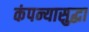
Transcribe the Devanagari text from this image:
कंपन्यासुद्धा